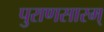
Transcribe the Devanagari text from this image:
पुराणसारम्